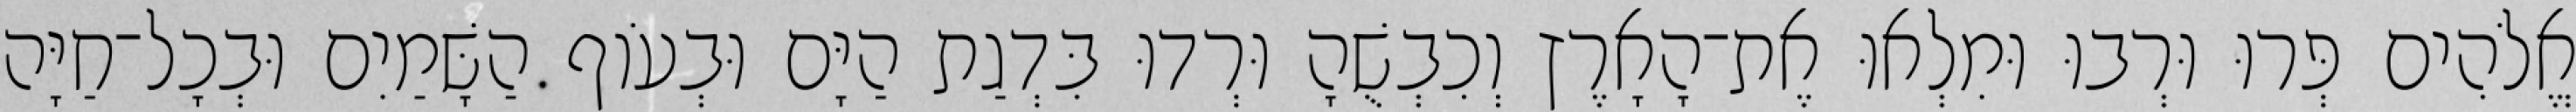
אֱלֹהִים פְּרוּ וּרְבוּ וּמִלְאוּ אֶת־הָאָרֶץ וְכִבְשֻׁהָ וּרְדוּ בִּדְגַת הַיָּם וּבְעֹוף הַשָּׁמַיִם וּבְכָל־חַיָּה